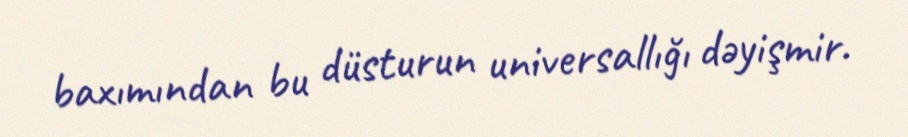
baxımından bu düsturun universallığı dəyişmir.